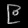
Digit: ၉